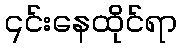
၎င်းနေထိုင်ရာ